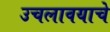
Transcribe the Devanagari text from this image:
उचलावयाचे